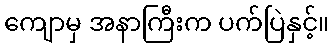
ကျောမှ အနာကြီးက ပက်ပြဲနှင့်။